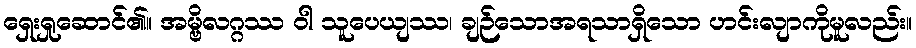
ရှေးရှုဆောင်၏။ အမ္ဗိလဂ္ဂဿ ဝါ သူပေယျဿ၊ ချဉ်သောအရသာရှိသော ဟင်းလျာကိုမူလည်း။